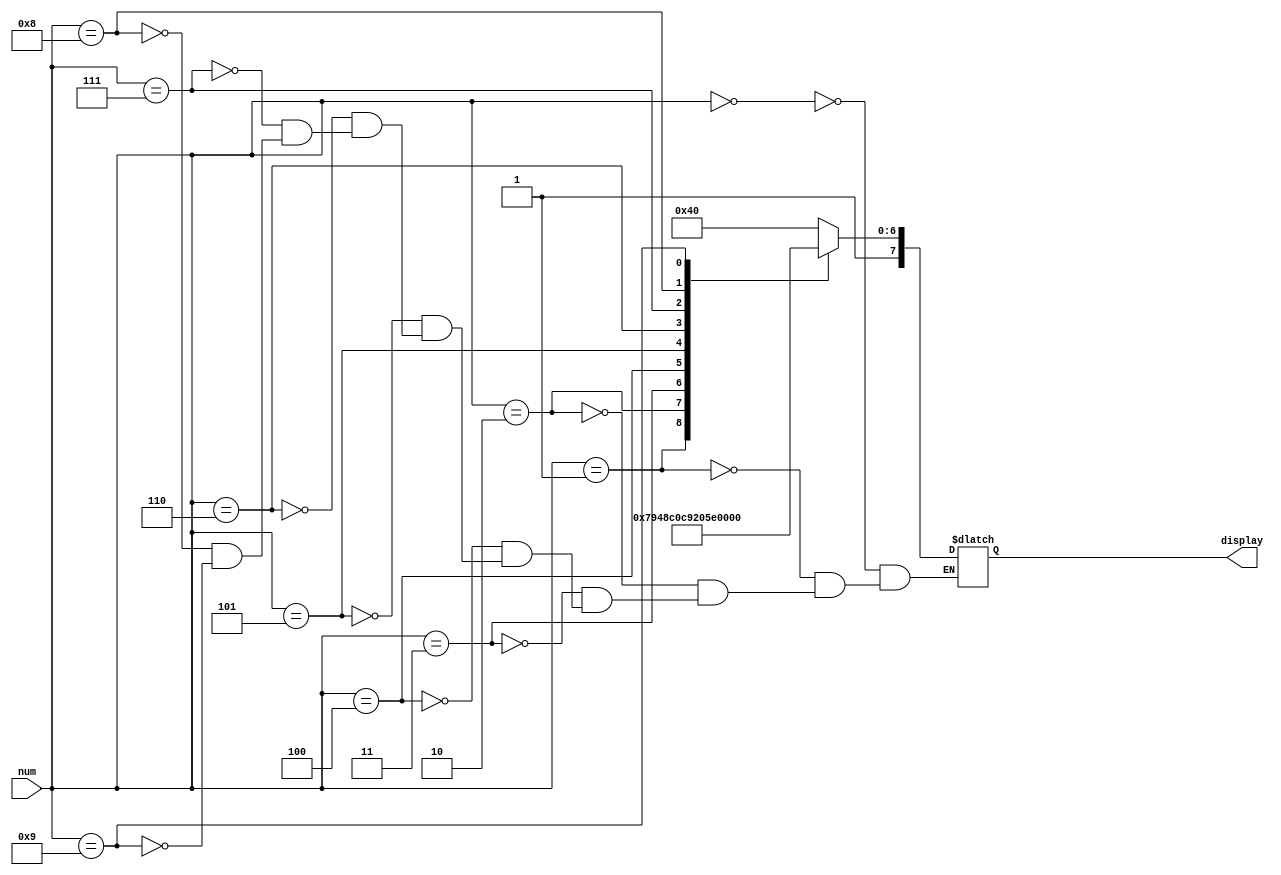
// converts a 4 bit decimal number into binary for easy assignment to HEX displays
module dec_to_display(input [3:0] num, output reg [7:0] display);

	always @(*) begin
		case (num)
			4'd0: display = 8'b11000000;
			4'd1: display = 8'b11111001;
			4'd2: display = 8'b10100100;
			4'd3: display = 8'b10110000;
			4'd4: display = 8'b10011001;
			4'd5: display = 8'b10010010;
			4'd6: display = 8'b10000010;
			4'd7: display = 8'b11111000;
			4'd8: display = 8'b10000000;
			4'd9: display = 8'b10010000;
		endcase
	end
	
endmodule